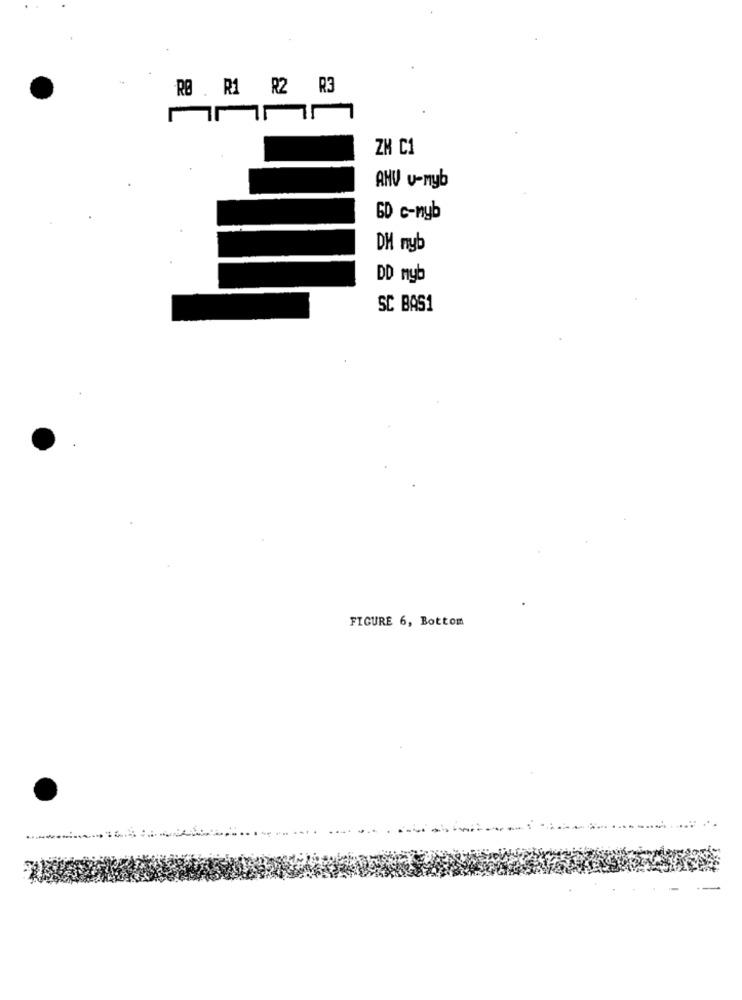
RØ . R1 R2 R3
ZH C1
ANV v-myb
GD c-nyb
DH nyb
DD myb
SC BAS1
FIGURE 6, Bottom
.. .